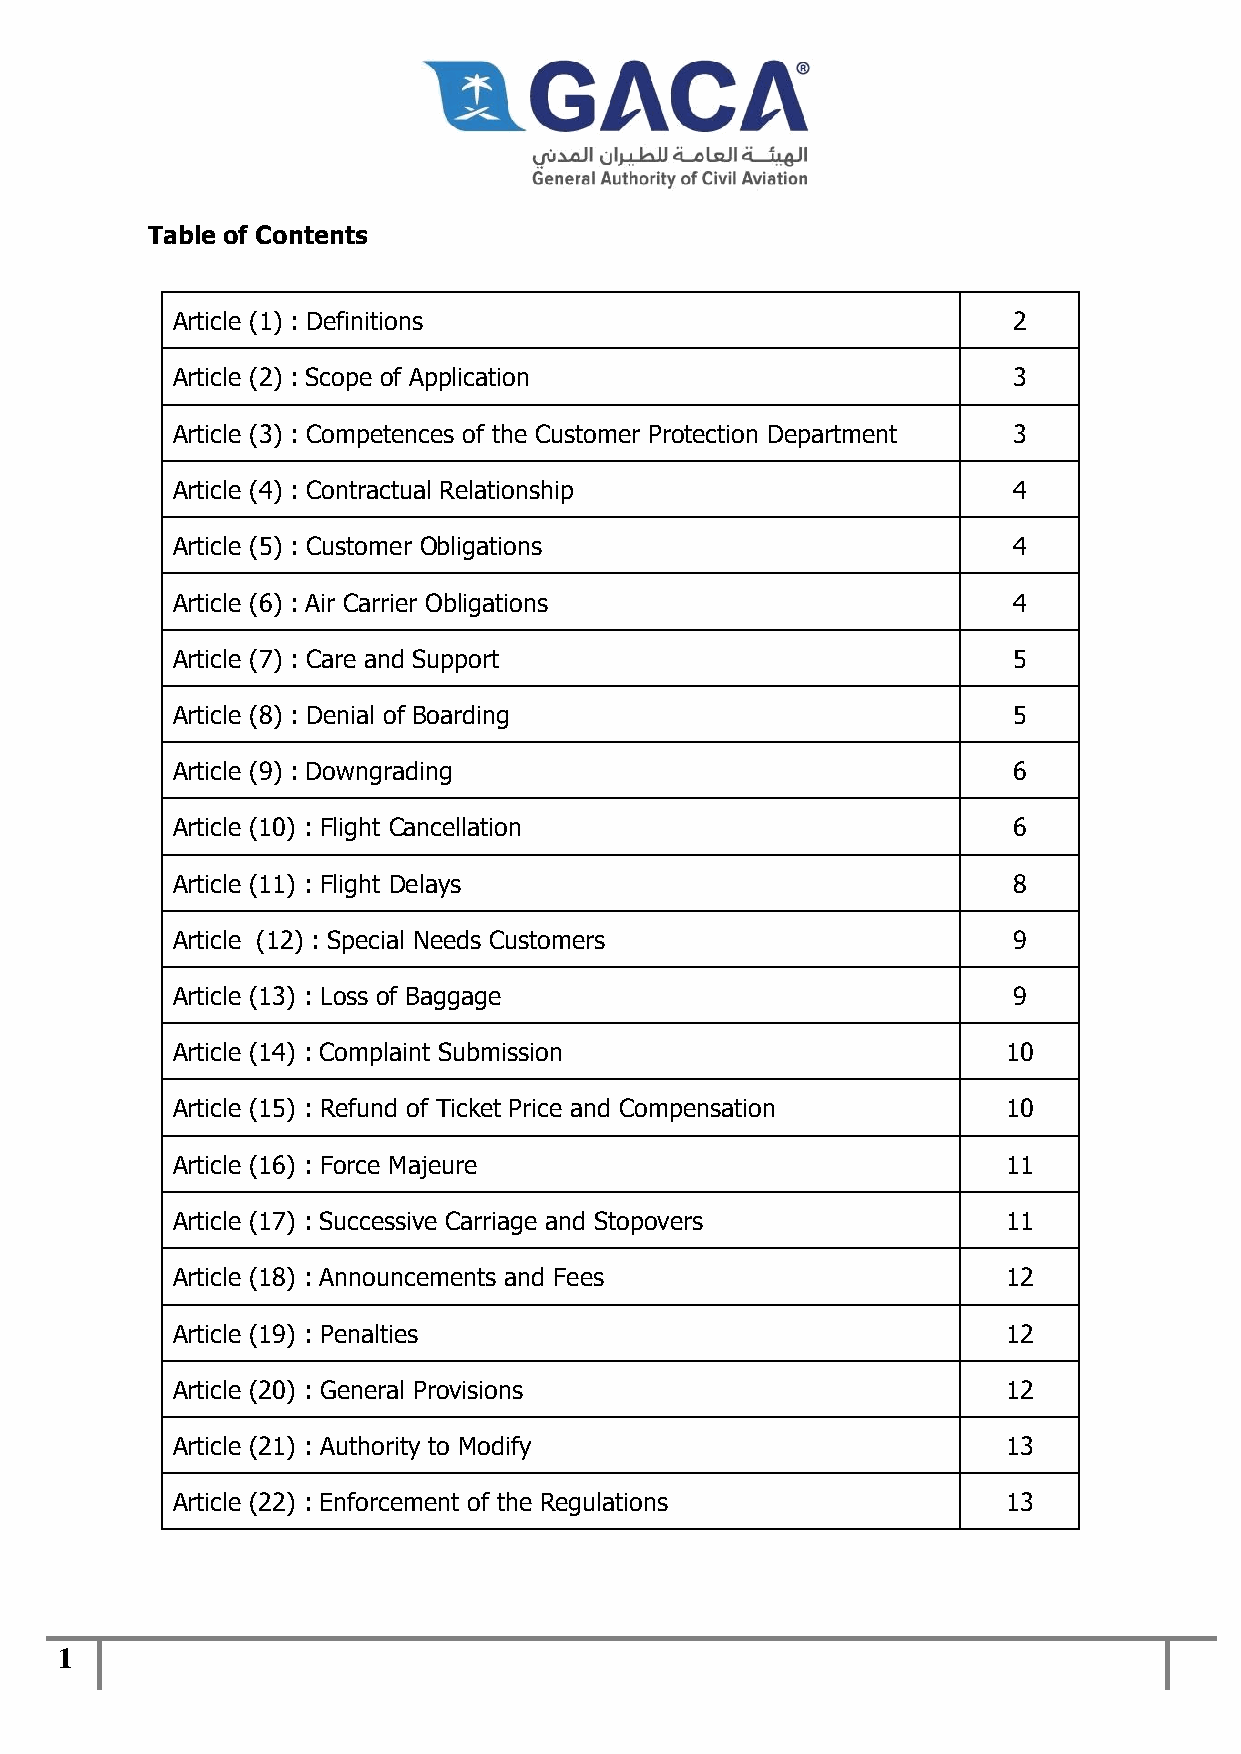
Table of Contents
 Article (1) : Definitions                               2
 Article (2) : Scope of Application                      3
 Article (3) : Competences of the Customer Protection Department 3
 Article (4) : Contractual Relationship                  4
 Article (5) : Customer Obligations                      4
 Article (6) : Air Carrier Obligations                   4
 Article (7) : Care and Support                          5
 Article (8) : Denial of Boarding                        5
 Article (9) : Downgrading                               6
 Article (10) : Flight Cancellation                      6
 Article (11) : Flight Delays                            8
 Article (12) : Special Needs Customers                  9
 Article (13) : Loss of Baggage                          9
 Article (14) : Complaint Submission                     10
 Article (15) : Refund of Ticket Price and Compensation  10
 Article (16) : Force Majeure                            11
 Article (17) : Successive Carriage and Stopovers        11
 Article (18) : Announcements and Fees                   12
 Article (19) : Penalties                                12
 Article (20) : General Provisions                       12
 Article (21) : Authority to Modify                      13
 Article (22) : Enforcement of the Regulations           13
 1